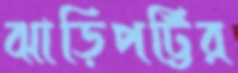
ঝাড়িপট্টির